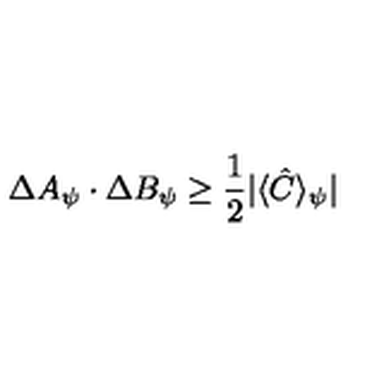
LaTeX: \Delta A _ { \psi } \cdot \Delta B _ { \psi } \geq \frac { 1 } { 2 } | \langle \hat { C } \rangle _ { \psi } |